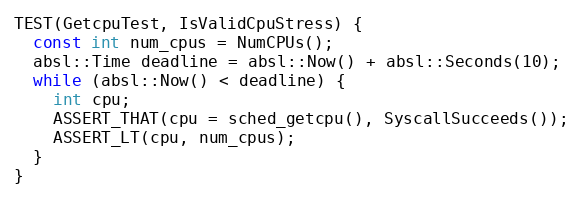
Language: C++
TEST(GetcpuTest, IsValidCpuStress) {
  const int num_cpus = NumCPUs();
  absl::Time deadline = absl::Now() + absl::Seconds(10);
  while (absl::Now() < deadline) {
    int cpu;
    ASSERT_THAT(cpu = sched_getcpu(), SyscallSucceeds());
    ASSERT_LT(cpu, num_cpus);
  }
}